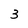
Character: 3